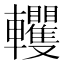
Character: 𨏹